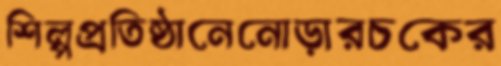
শিল্পপ্রতিষ্ঠানেনোড়ারচকের